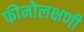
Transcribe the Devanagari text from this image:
फीनोलक्षणी